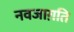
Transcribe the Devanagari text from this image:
नवजाग़ति